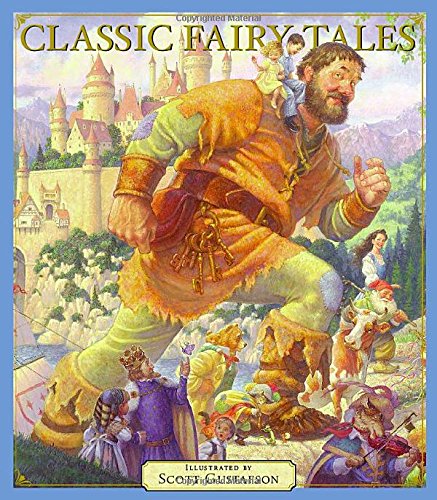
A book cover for Classic Fairy Tales; Scott Gustafson; Children's Books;